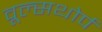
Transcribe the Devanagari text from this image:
वूल्सथोर्प